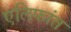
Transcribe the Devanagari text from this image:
एलिफांत